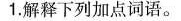
1.解释下列加点词语。